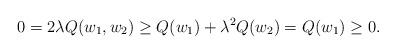
LaTeX: \begin{align*}0 = 2\lambda Q(w_1, w_2) \geq Q(w_1) + \lambda^2 Q(w_2) = Q(w_1) \geq 0.\end{align*}